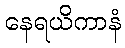
နေရယိကာနံ